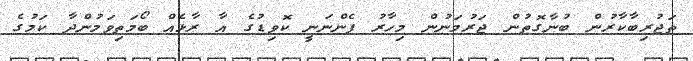
ތަޖުރިބާކާރުން ބުނާގޮތުން ޖަރުމަނުން މިހާރު ފެންނަނީ ކޮވިޑުގެ އާ ރާޅެއް ބޯމަތިވަމުންދާ ކަމުގެ